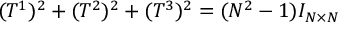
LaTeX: ( T ^ { 1 } ) ^ { 2 } + ( T ^ { 2 } ) ^ { 2 } + ( T ^ { 3 } ) ^ { 2 } = ( N ^ { 2 } - 1 ) I _ { N \times N }